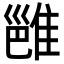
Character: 𬯮